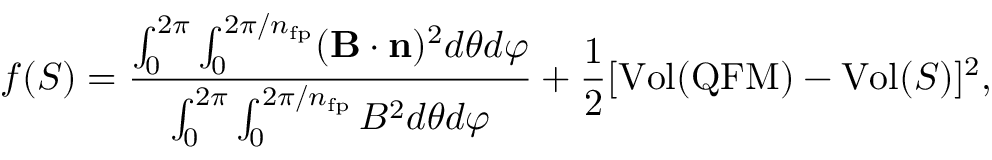
f ( S ) = \frac { \int _ { 0 } ^ { 2 \pi } \int _ { 0 } ^ { 2 \pi / n _ { \mathrm { f p } } } ( \mathbf B \cdot \mathbf n ) ^ { 2 } d \theta d \varphi } { \int _ { 0 } ^ { 2 \pi } \int _ { 0 } ^ { 2 \pi / n _ { \mathrm { f p } } } B ^ { 2 } d \theta d \varphi } + \frac { 1 } { 2 } [ \mathrm { V o l } ( \mathrm { Q F M } ) - \mathrm { V o l } ( S ) ] ^ { 2 } ,